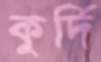
কুর্দি